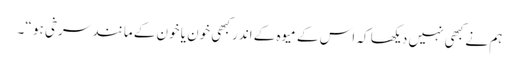
ہم نے کبھی نہیں دیکھا کہ اس کے میوہ کے اندر کبھی خون یا خون کے مانند سرخی ہو “۔